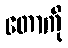
တောကို